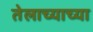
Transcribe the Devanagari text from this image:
तेलाच्याच्या